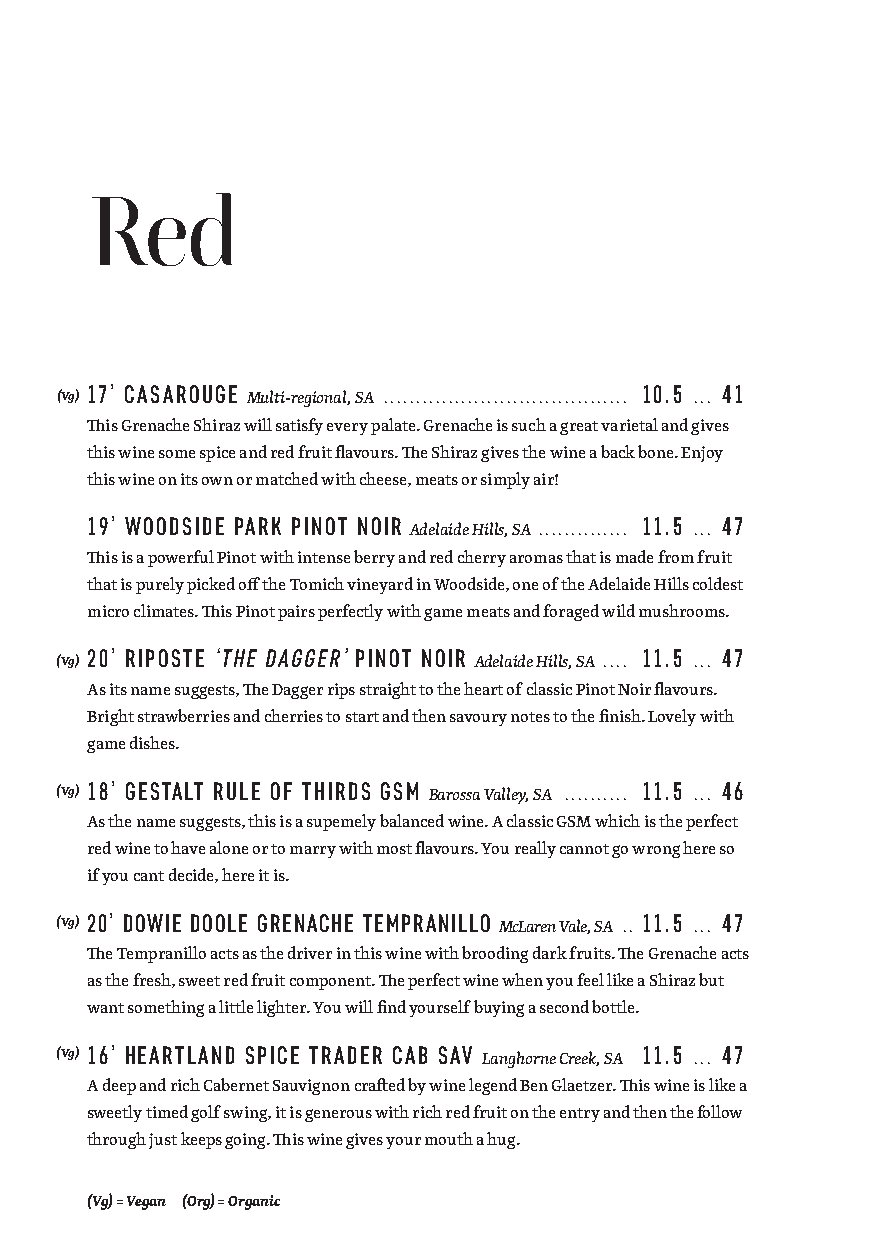
Red
 17’ CASAROUGE                       10.5  41
 (Vg)        Multi-regional, SA ...................................... ...
 This Grenache Shiraz will satisfy every palate. Grenache is such a great varietal and gives
 this wine some spice and red fruit flavours. The Shiraz gives the wine a back bone. Enjoy
 this wine on its own or matched with cheese, meats or simply air!
 19’ WOODSIDE PARK PINOT NOIR        11.5  47
 Adelaide Hills, SA. ............. ...
 This is a powerful Pinot with intense berry and red cherry aromas that is made from fruit
 that is purely picked off the Tomich vineyard in Woodside, one of the Adelaide Hills coldest
 micro climates. This Pinot pairs perfectly with game meats and foraged wild mushrooms.
 20’ RIPOSTE ‘THE DAGGER’ PINOT NOIR 11.5  47
 (Vg)                       Adelaide Hills, SA. ... ...
 As its name suggests, The Dagger rips straight to the heart of classic Pinot Noir flavours.
 Bright strawberries and cherries to start and then savoury notes to the finish. Lovely with
 game dishes.
 (Vg)
 18’ GESTALT RULE OF THIRDS GSM
 Barossa Valley, SA ..........
 11.5
 ...
 46
 As the name suggests, this is a supemely balanced wine. A classic GSM which is the perfect
 red wine to have alone or to marry with most flavours. You really cannot go wrong here so
 if you cant decide, here it is.
 (Vg) 20’ DOWIE DOOLE GRENACHE TEMPRANILLO McLaren Vale, SA .. 11.5 ... 47
 The Tempranillo acts as the driver in this wine with brooding dark fruits. The Grenache acts
 as the fresh, sweet red fruit component. The perfect wine when you feel like a Shiraz but
 want something a little lighter. You will find yourself buying a second bottle.
 (Vg) 16’ HEARTLAND SPICE TRADER CAB SAV Langhorne Creek, SA 11.5 ... 47
 A deep and rich Cabernet Sauvignon crafted by wine legend Ben Glaetzer. This wine is like a
 sweetly timed golf swing, it is generous with rich red fruit on the entry and then the follow
 through just keeps going. This wine gives your mouth a hug.
 (Vg) = Vegan (Org) = Organic